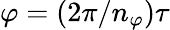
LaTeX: \varphi=(2\pi/n_{\varphi})\tau